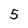
Character: 5